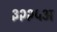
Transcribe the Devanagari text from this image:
३२२५अ